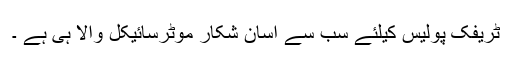
ٹریفک پولیس کیلئے سب سے آسان شکار موٹرسائیکل والا ہی ہے ۔